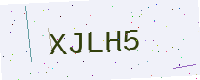
Text: XJLH5